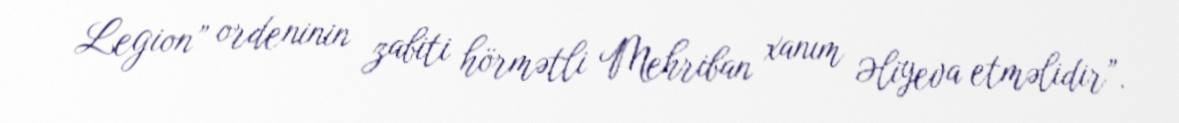
Legion” ordeninin zabiti hörmətli Mehriban xanım Əliyeva etməlidir”.